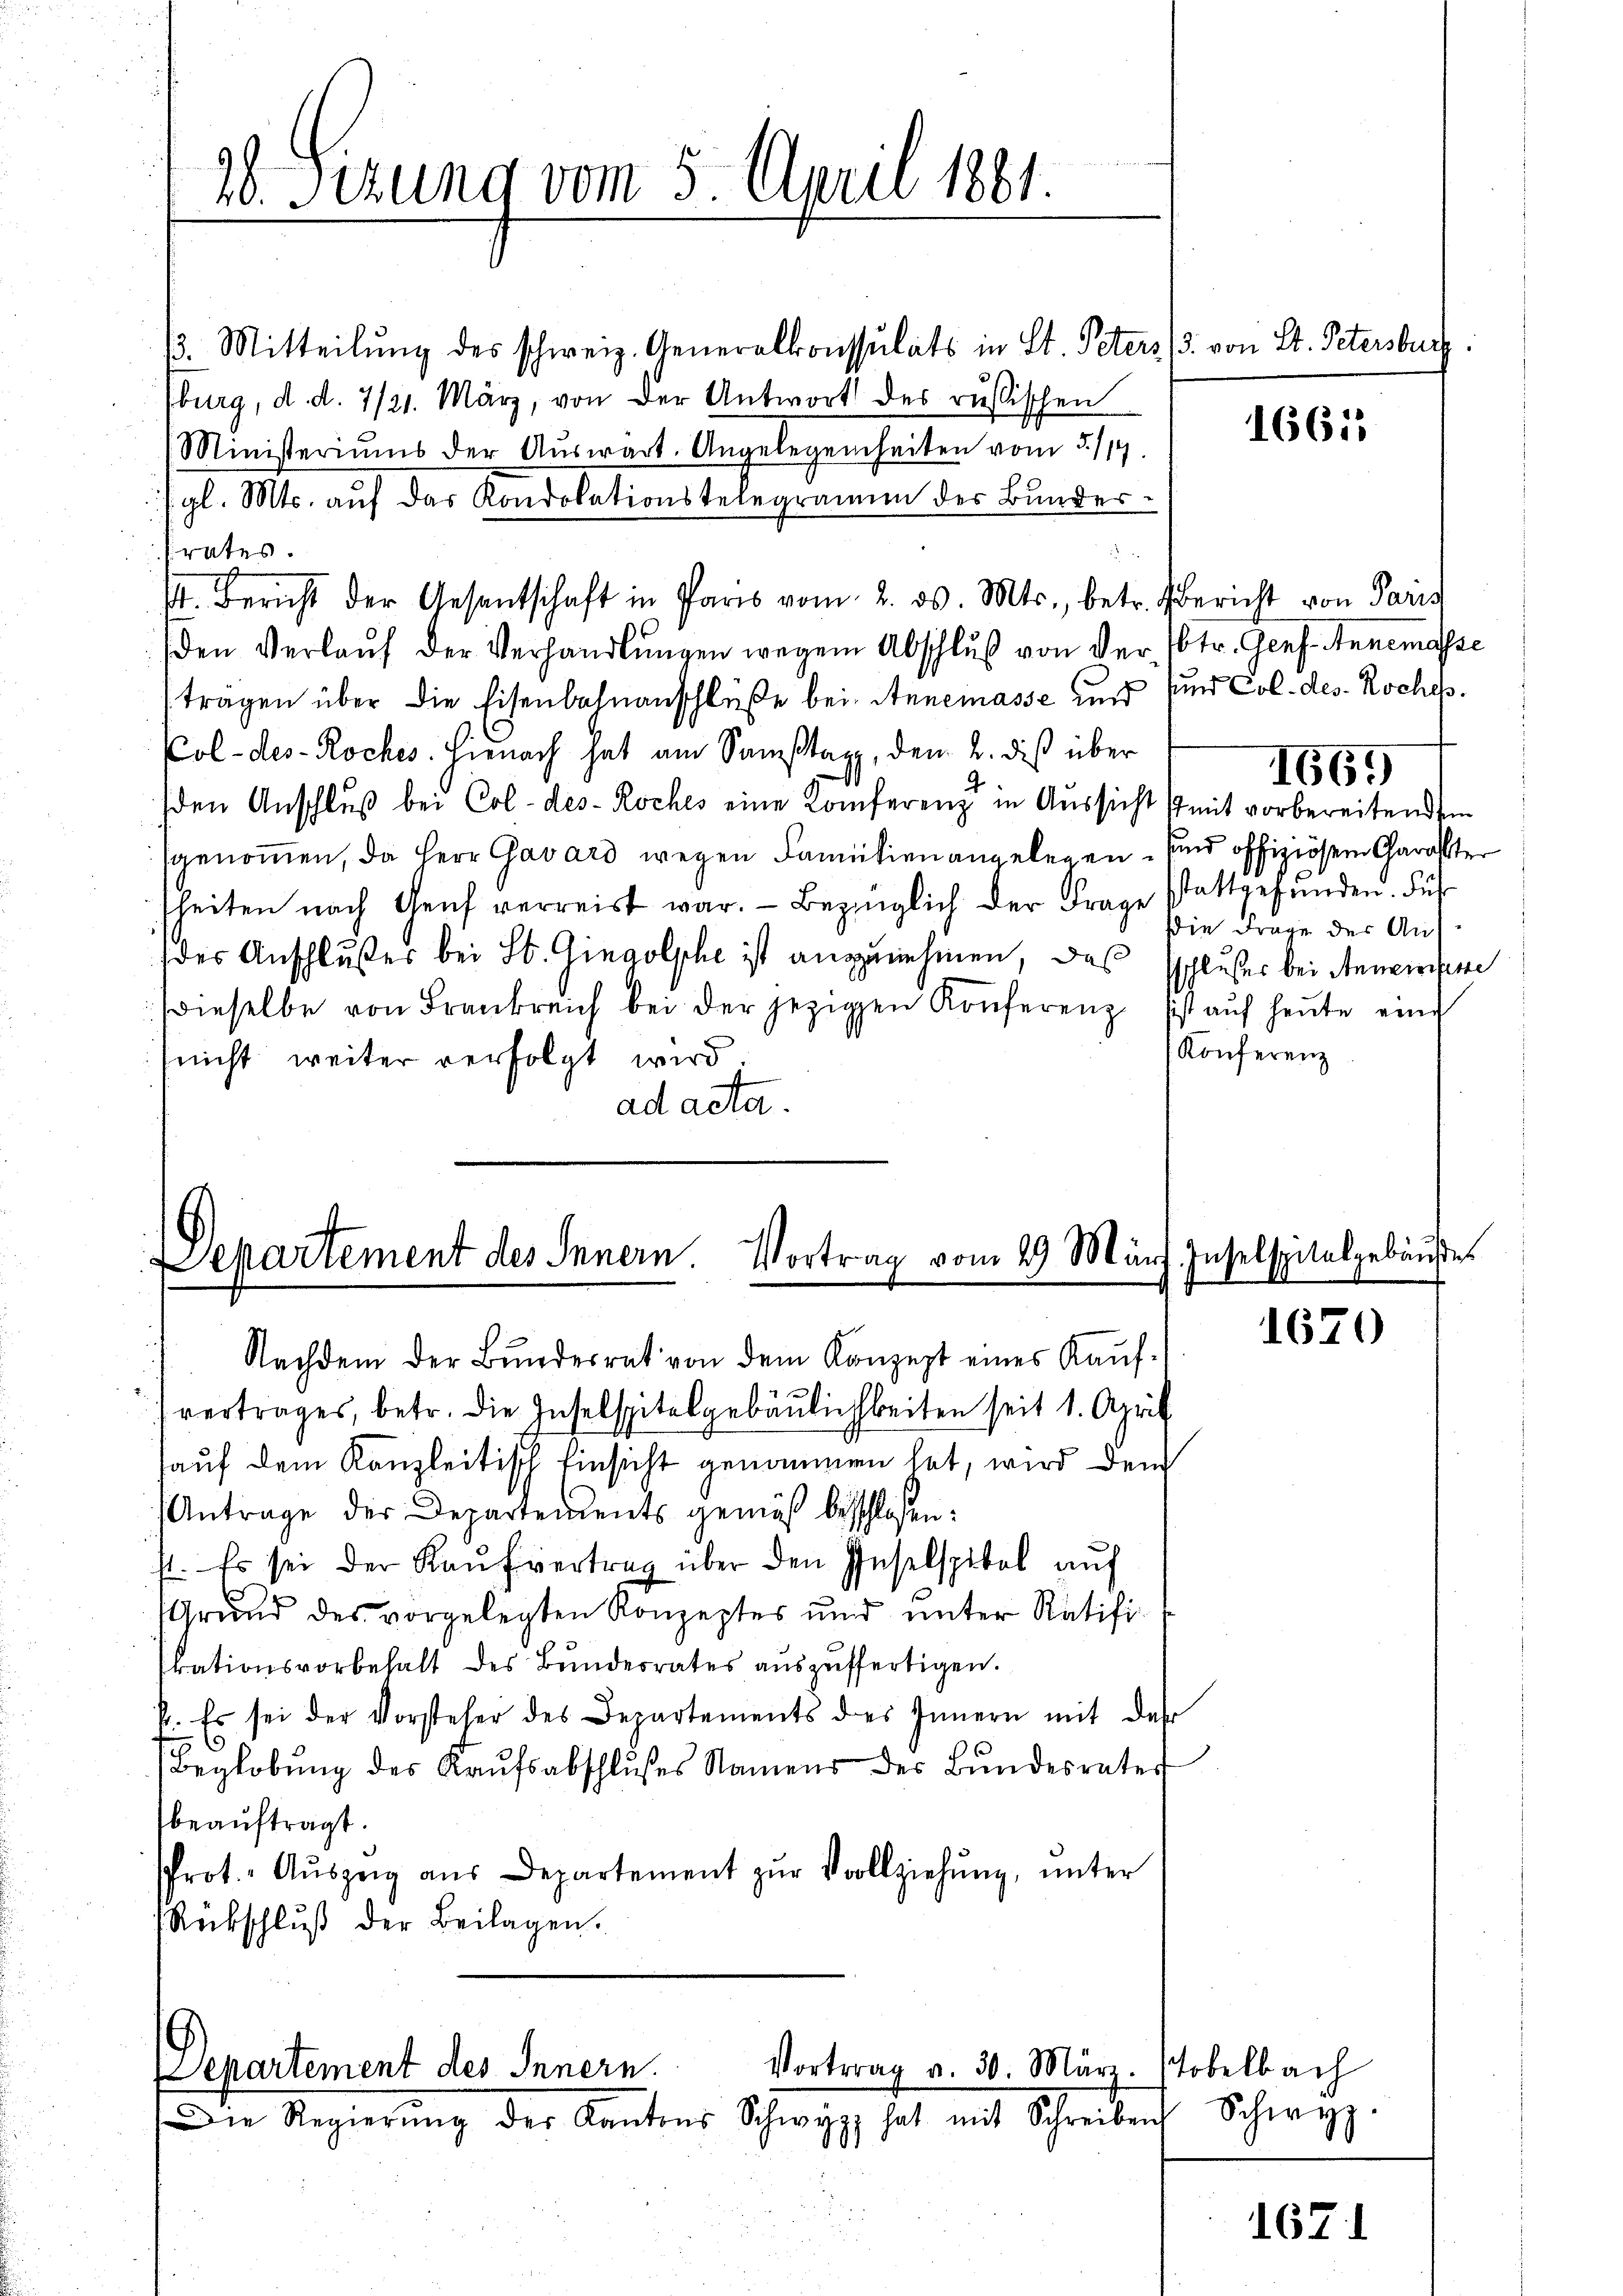
20. Setzung vom 5. April 1881.

3. Mitteilung des schweiz. Generalkonsulats in St. Peters 13. von St. Petersbuch
burg, d. d. 7/21. März, von der Antwort des russischen
Ministeriums der Aŭswart. Angelegenheiten vom 5/19. 266.
/ gl. Mts. auf das Kondolationstelegramm des Bundes-
frates.
s. Bericht der Gesantschaft in Paris vom 2. ds. Mts., betr. Bericht von Paris
den Verlaŭf der Verhandlŭngen wegen Abschluß von der Potr. Genf. Annemasse
trägen über die Eisenbahnanschlüße bei Annemasse und
Col- des - Roches. Hienach hat am Samstag, dem 2. des über
1669
den Anschluß bei Col-des- Roches eine Konferenz in Aussicht mit vorbereitendem
sgenommen, da Herr Gavard wegen Familien angelegen sind offiziösem Charakter
sheiten nach Genf verreist war. Bezinglich der Frage stattgefunden. Für
Die Frage der Au
des Anschlußes bei St. Gingolphe ist anzunehmen, das schlußes bei Anweitere
Dieselbe von Frankreich bei der jezigen Konferenz sist aŭf heŭte eine
Konferenz
nicht weiter verfolgt wird
ad acta.

Separtement des Innern. Vortrag vom 29 März. Inselspitalgebäŭdes
Nachdem der Bŭndesrat von dem Konzept eines Kaŭf-

vertrages, betr. die Inselspitalgebäulichkeiten seit 1. April
auf dem Kanzleitisch Einsicht genommen hat, wird dem
Antrage der Departements gemäß beschloßen:
st. Es sei der Kaŭfvertrag über den Inselspitel auf
Grund des vorgelegten Konzeptes und unter Ratifiskationsvorbehalt des Bundesrates aŭszŭffertigen.
p. Es sei der Vorsteher des Departements des Innern mit der
Beglobŭng des Kaŭfsabschlŭsses Namens des Bŭndesrater
beauftragt.
Prot. Aŭszeig aŭs Departement zŭr Vollziehŭng ŭnter
Rückschluß der Beilagen.

Vortrag v. 30. März.
Departement des Innern.
Die Regierŭng der Kantons Schwyz hat mit Schreiben

und Col. des Roches.

1670

stobelbach
 Schwyz

1671